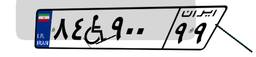
۵۴W۸۶۵۲۳